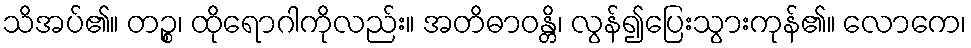
သိအပ်၏။ တဉ္စ၊ ထိုရောဂါကိုလည်း။ အတိဓာဝန္တိ၊ လွန်၍ပြေးသွားကုန်၏။ လောကေ၊